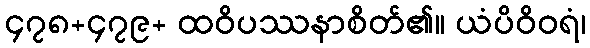
၄၇၈+၄၇၉+ ထဝိပဿနာစိတ်၏။ ယံပိဝိဝရံ၊